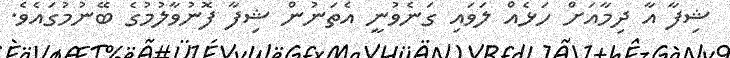
ޝިފާ އާ ދިމާއަށް ހަޅެއް ލަވައި ގަނެވުނީ އެތަނުން ޝިފާ ފޮނުވާލުމުގެ ބޭނުމުގައެވެ.